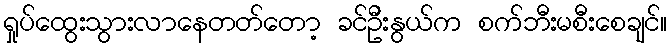
ရှုပ်ထွေးသွားလာနေတတ်တော့ ခင်ဦးနွယ်က စက်ဘီးမစီးစေချင်။